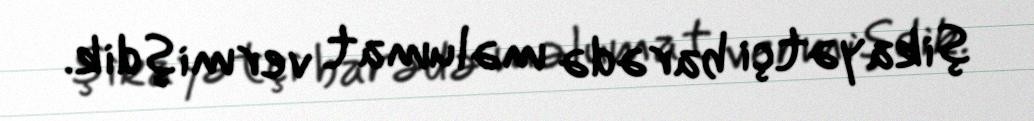
şikayətçi barədə məlumat vermişdik.